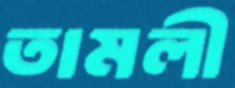
তামলী